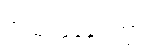
အသုံးပြုနေကြောင်း